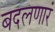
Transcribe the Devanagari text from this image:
बदलणारं